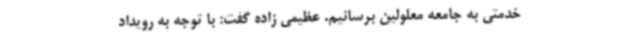
خدمتی به جامعه معلولین برسانیم. عظیمی زاده گفت: با توجه به رویداد